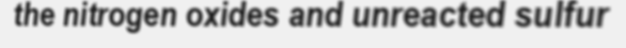
the nitrogen oxides and unreacted sulfur